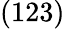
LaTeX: (123)